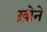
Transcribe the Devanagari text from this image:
ख़ोने